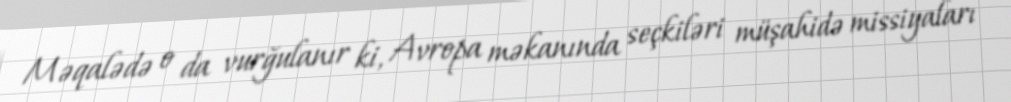
Məqalədə o da vurğulanır ki, Avropa məkanında seçkiləri müşahidə missiyaları